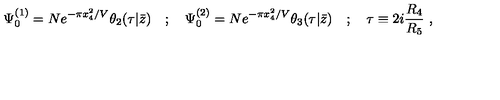
\Psi _ { 0 } ^ { ( 1 ) } = N e ^ { - \pi x _ { 4 } ^ { 2 } / V } \theta _ { 2 } ( \tau | \bar { z } ) \quad ; \quad \Psi _ { 0 } ^ { ( 2 ) } = N e ^ { - \pi x _ { 4 } ^ { 2 } / V } \theta _ { 3 } ( \tau | \bar { z } ) \quad ; \quad \tau \equiv 2 i { \frac { R _ { 4 } } { R _ { 5 } } } \ ,